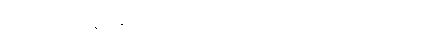
(၁)နာရီတွင် မြန်မာနိုင်ငံရုပ်ရှင်အစည်းအရုံး မှာ ကျင်းပခဲ့တာဖြစ်ပါတယ်။